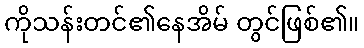
ကိုသန်းတင်၏နေအိမ် တွင်ဖြစ်၏။